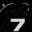
Digit: 7